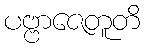
ပဗ္ဗာဇေတူတိ